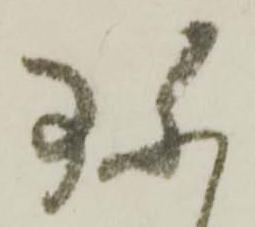
珎